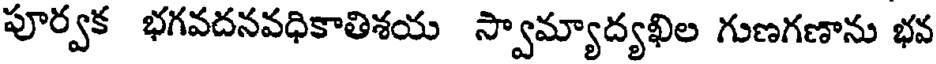
పూర్వక భగవదనవధికాతిశయ స్వామ్యాద్యఖిల గుణగణాను భవ